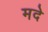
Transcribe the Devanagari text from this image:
मदे